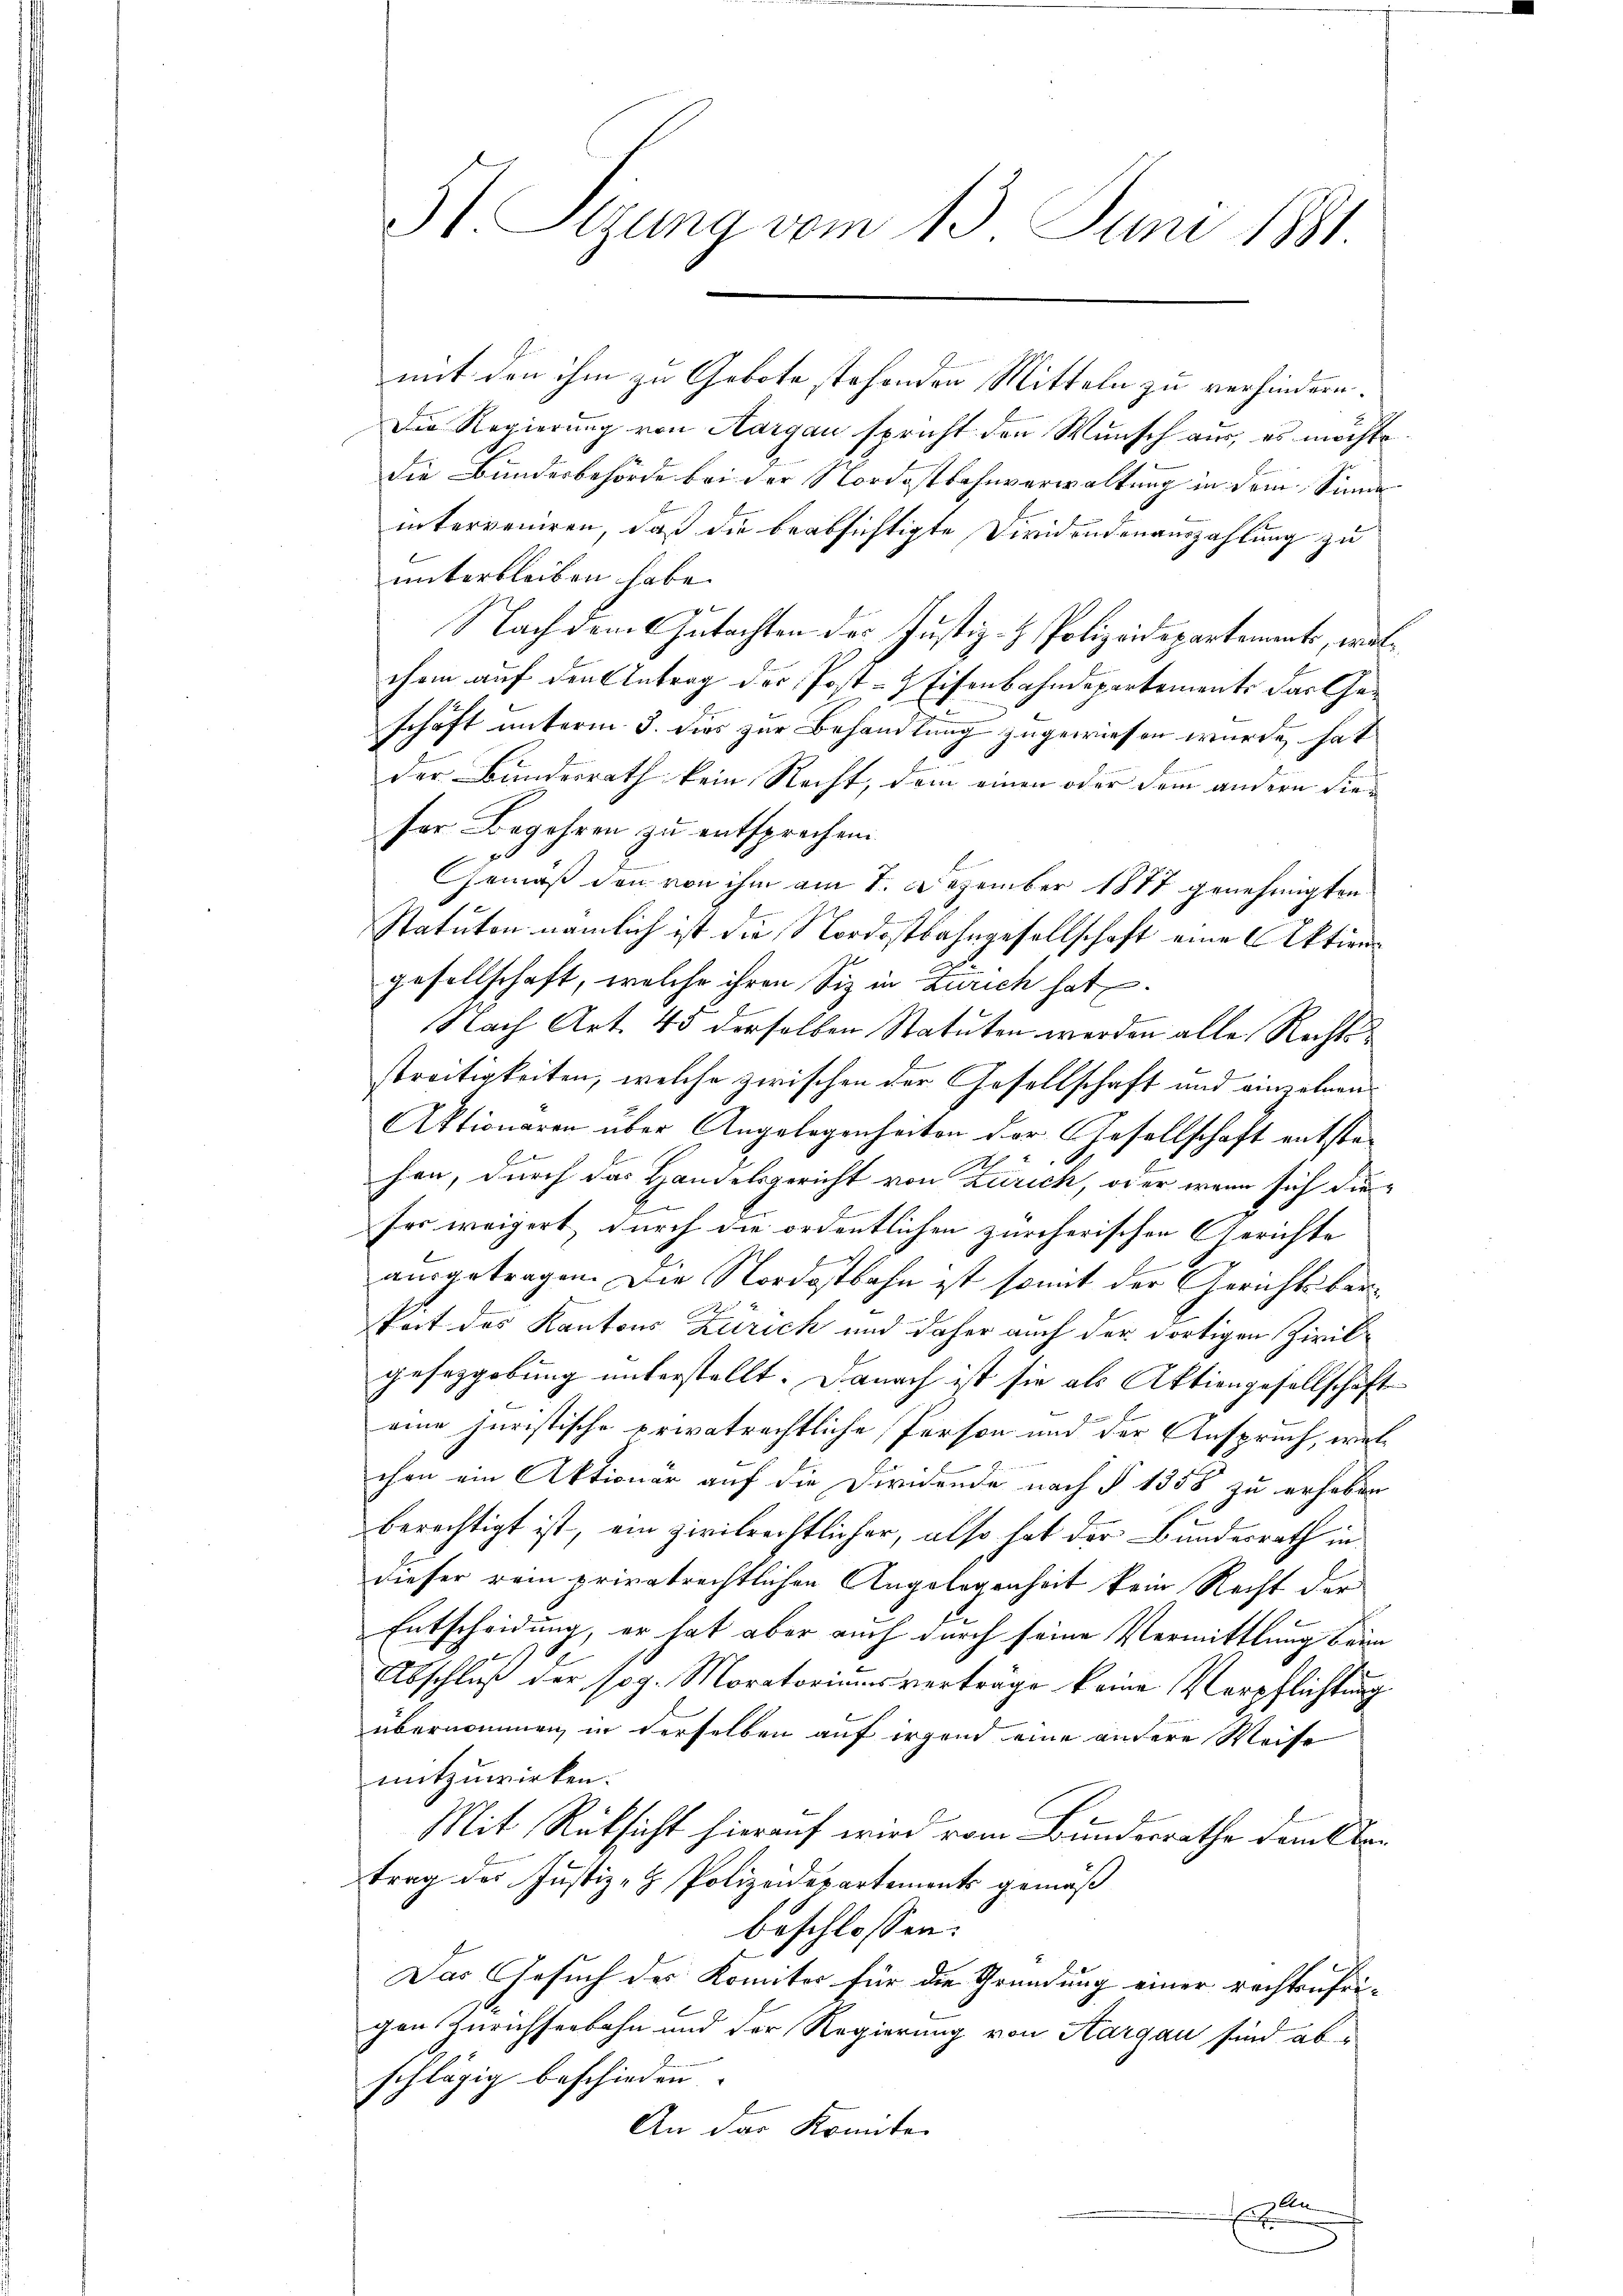
St. Sizung vom 13. Juni 1881

mit den ihm zu Gebote stehenden Mitteln zu verhindern.
Die Regierung von Aargau spricht den Wunsch aus, es möchte
die Bundesbehörde bei der Nordostbahnverwaltung in dem Sinne
interveniren, daß die beabsichtigte Dividendenauszahlung zu
unterbleiben habe.
7
Nach dem Gutachten des Justiz- & Polizeidepartements, wächem auf den Antrag der Post- & Eisenbahndepartements das Geschäft unterm 3. dies zur Behandlung zugewiesen wurde, hat
der Bundesrath kein Recht, dem einen oder dem andern die-
ser Begehren zu entsprechen.

Gemäß den von ihm am 2. Dezember 1877 genehmigten
Statuten nämlich ist die Nordostbahngesellschaft eine Aktiens
gesellschaft, welche ihren Siz in Zürich hat.
Nach Art. 45 derselben Statuten werden alle Rechtsstreitigkeiten, welche zwischen der Gesellschaft und einzelnen
Aktionaren über Angelegenheiten der Gesellschaft entste¬
E
E
hen, durch das Handelsgericht von Zürich, oder wenn sich die-
ser weigert, durch die ordentlichen zürcherischen Gerichte
f
0
ausgetragen. Die Nordostbahn ist somit der Gerichtsbarkeit des Kantons Zürich und daher auch der dortigen Zivilgesezgobung unterstellt. Danach ist sie als Aktiengesellschafte
eine Juristische privatrechtliche Person und der Anspruch, welchen ein Aktionar auf die Dirnende nach § 1358 zu erheben
berechtigt ist, ein zivilrechtlicher, also hat der Bundesrath in
dieser rein privatrechtlichen Angelegenheit kein Recht der
Entscheidung, er hat aber auch durch seine Vermittlung beim
Abschluß der sog. Moratoriums verträge keine Verpflichtung
übernommen, in derselben auf irgend eine andere Weise
mitzuwirken.
Mit Rüksicht hierauf wird vom Bundesrathe dem Obetrag des Justiz- & Polizeidepartements gemäß
beschlossen:
Das Gesuch des Komiter für die Gründung einer rechtsufri-
gen Zürichseebahn und der Regierung von Aargau sind abschlägig beschieden.
An der konnte.

An
E